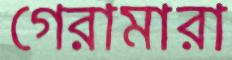
গেরামারা